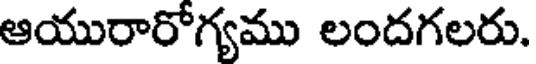
ఆయురారోగ్యము లందగలరు.